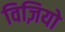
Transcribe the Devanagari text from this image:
विज़ियो